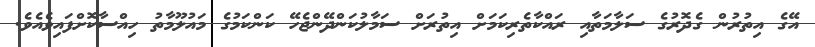
އޭގެ އިތުރުން ގެދޮރުގެ ސަލާމަތާއި ރައްކާތެރިކަމަށް އިތުރަށް ސަމާލުކަންދޭންޖެހޭ ކަންކަމުގެ މައުލޫމާތުު ހިއްސާކޮށްފައިވެއެވެ.